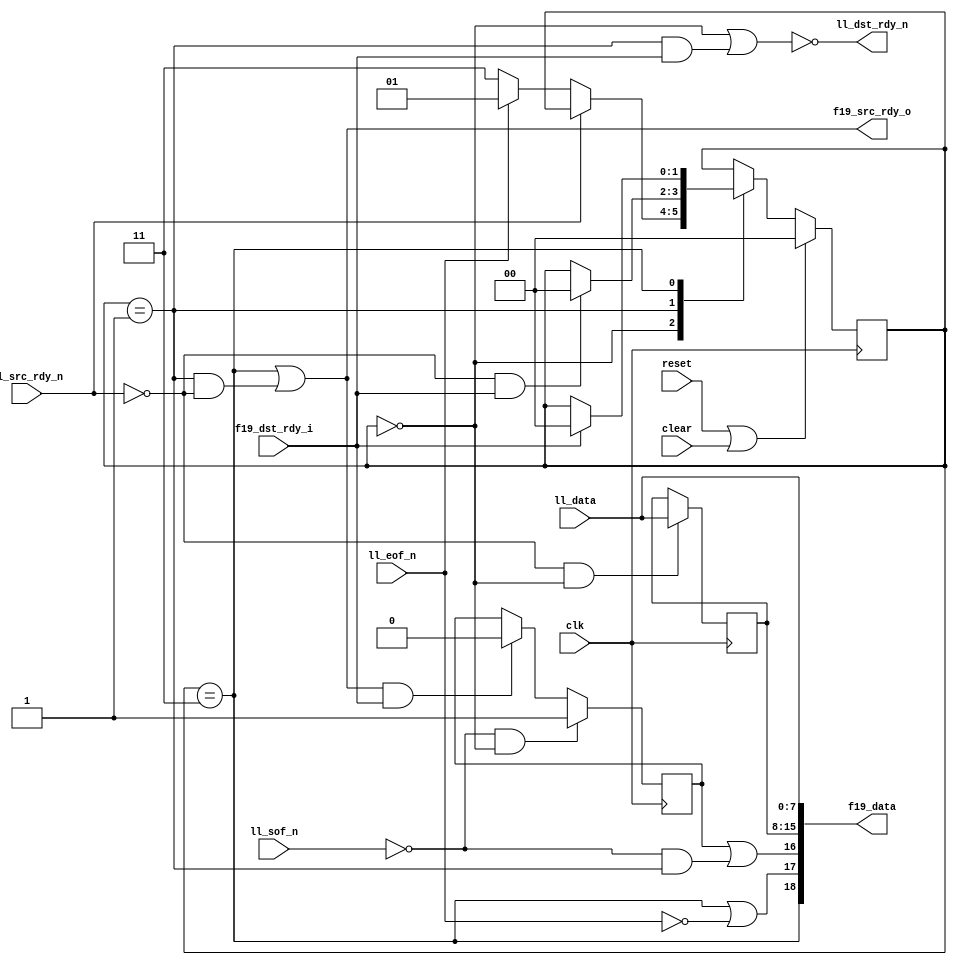

module ll8_to_fifo19
  (input clk, input reset, input clear,
   input [7:0] ll_data,
   input ll_sof_n,
   input ll_eof_n,
   input ll_src_rdy_n,
   output ll_dst_rdy_n,

   output [18:0] f19_data,
   output f19_src_rdy_o,
   input f19_dst_rdy_i );
   
   localparam XFER_EMPTY       = 0;
   localparam XFER_HALF        = 1;
   localparam XFER_HALF_WRITE  = 3;
   
   // Why anybody would use active low in an FPGA is beyond me...
   wire  ll_sof      = ~ll_sof_n;
   wire  ll_eof      = ~ll_eof_n;
   wire  ll_src_rdy  = ~ll_src_rdy_n;
   wire  ll_dst_rdy;
   assign    ll_dst_rdy_n  = ~ll_dst_rdy;
   
   wire  xfer_out 	   = f19_src_rdy_o & f19_dst_rdy_i;
   wire  xfer_in 	   = ll_src_rdy & ll_dst_rdy; 
   
   reg 	 hold_sof;
   wire  f19_sof, f19_eof, f19_occ;
   
   reg [1:0] state;
   reg [7:0] hold_reg;
   
   always @(posedge clk)
     if(ll_src_rdy & (state==XFER_EMPTY))
       hold_reg 	      <= ll_data;
   
   always @(posedge clk)
     if(ll_sof & (state==XFER_EMPTY))
       hold_sof 	      <= 1;
     else if(xfer_out)
       hold_sof 	      <= 0;
   
   always @(posedge clk)
     if(reset | clear)
       state 		      <= XFER_EMPTY;
     else
       case(state)
	 XFER_EMPTY :
	   if(ll_src_rdy)
	     if(ll_eof)
	       state 	      <= XFER_HALF_WRITE;
	     else
	       state 	      <= XFER_HALF;
	 XFER_HALF :
	   if(ll_src_rdy & f19_dst_rdy_i)
	       state 	      <= XFER_EMPTY;
         XFER_HALF_WRITE :
	   if(f19_dst_rdy_i)
	     state 	<= XFER_EMPTY;
       endcase // case (state)
      
   assign ll_dst_rdy 	 = (state==XFER_EMPTY) | ((state==XFER_HALF)&f19_dst_rdy_i);
   assign f19_src_rdy_o  = (state==XFER_HALF_WRITE) | ((state==XFER_HALF)&ll_src_rdy);
   
   assign f19_sof 	 = hold_sof | (ll_sof & (state==XFER_HALF));
   assign f19_eof 	 = (state == XFER_HALF_WRITE) | ll_eof;
   assign f19_occ 	 = (state == XFER_HALF_WRITE);
   
   assign f19_data 	 = {f19_occ,f19_eof,f19_sof,hold_reg,ll_data};
      
endmodule // ll8_to_fifo19